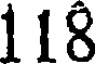
118